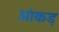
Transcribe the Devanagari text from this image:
आंकड़